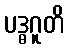
ပဒ္ဓဂူတိ